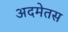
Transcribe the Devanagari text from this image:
अदमेतस